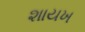
શાયખ